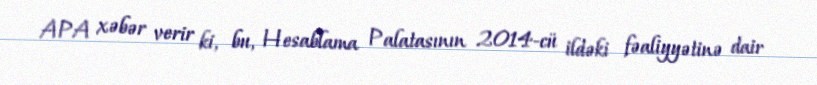
APA xəbər verir ki, bu, Hesablama Palatasının 2014-cü ildəki fəaliyyətinə dair